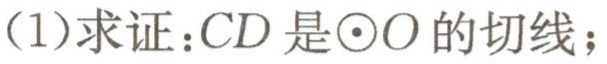
(1)求证：\(CD\)是\(\odot O\)的切线；